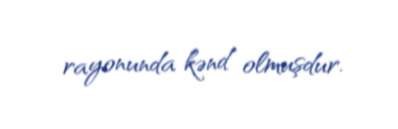
rayonunda kənd olmuşdur.